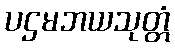
ပဌမဘယသုတ္တံ